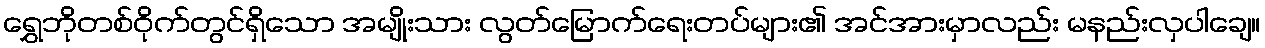
ရွှေဘိုတစ်ဝိုက်တွင်ရှိသော အမျိုးသား လွတ်မြောက်ရေးတပ်များ၏ အင်အားမှာလည်း မနည်းလှပါချေ။